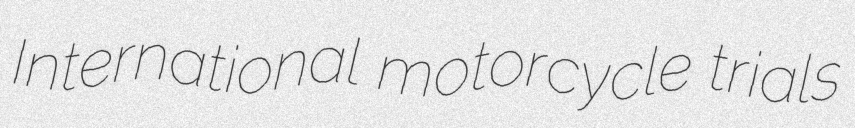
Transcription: International motorcycle trials